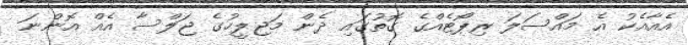
އެއާއެކު އެ މައްސަލަ ރިޕޯޓެއްގެ ގޮތުގައި ދެން މަޖިލީހުގެ ޖަލްސާ އެއް އޮންނަ